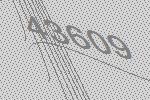
43609